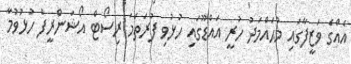
އެއްގެ ވަޒީފާގައި މުޙައްމަދު ހުރީ އައްޑޫގައި ހުޅުވި ފުރަތަމަ ރިސޯޓް އޯޝަންރީފް ހުޅުވުމާ